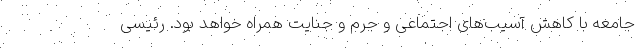
جامعه با کاهش آسیب‌های اجتماعی و جرم و جنایت همراه خواهد بود. رئیسی